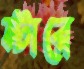
স্টারে